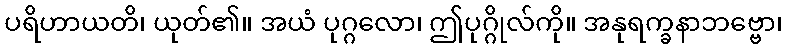
ပရိဟာယတိ၊ ယုတ်၏။ အယံ ပုဂ္ဂလော၊ ဤပုဂ္ဂိုလ်ကို။ အနုရက္ခနာဘဗ္ဗော၊